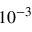
1 0 ^ { - 3 }